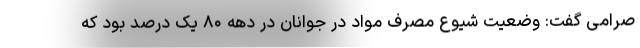
صرامی گفت: وضعیت شیوع مصرف مواد در جوانان در دهه ۸۰ یک درصد بود که